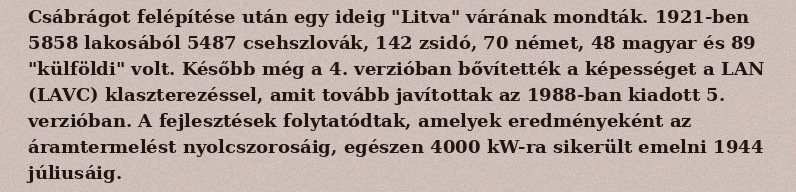
Csábrágot felépítése után egy ideig "Litva" várának mondták. 1921-ben 5858 lakosából 5487 csehszlovák, 142 zsidó, 70 német, 48 magyar és 89 "külföldi" volt. Később még a 4. verzióban bővítették a képességet a LAN (LAVC) klaszterezéssel, amit tovább javítottak az 1988-ban kiadott 5. verzióban. A fejlesztések folytatódtak, amelyek eredményeként az áramtermelést nyolcszorosáig, egészen 4000 kW-ra sikerült emelni 1944 júliusáig.